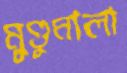
মুণ্ডুমালা